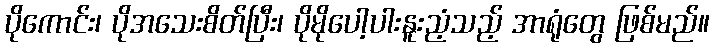
ပိုကောင်း၊ ပိုအသေးစိတ်ပြီး၊ ပိုမိုပေါ့ပါးနူးညံ့သည့် အာရုံတွေ ဖြစ်မည်။